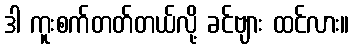
ဒါ ကူးစက်တတ်တယ်လို့ ခင်ဗျား ထင်လား။